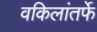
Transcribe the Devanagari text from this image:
वकिलांतर्फे